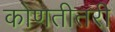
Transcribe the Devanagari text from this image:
कोणतीतरी